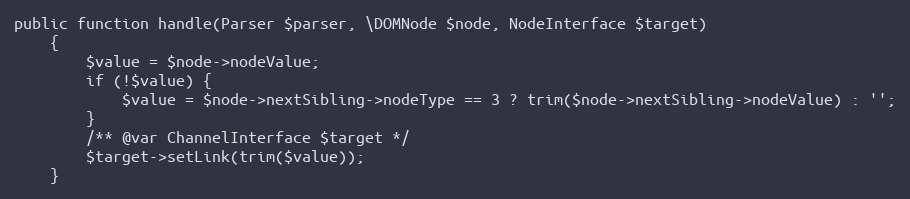
Language: PHP
public function handle(Parser $parser, \DOMNode $node, NodeInterface $target)
    {
        $value = $node->nodeValue;
        if (!$value) {
            $value = $node->nextSibling->nodeType == 3 ? trim($node->nextSibling->nodeValue) : '';
        }
        /** @var ChannelInterface $target */
        $target->setLink(trim($value));
    }